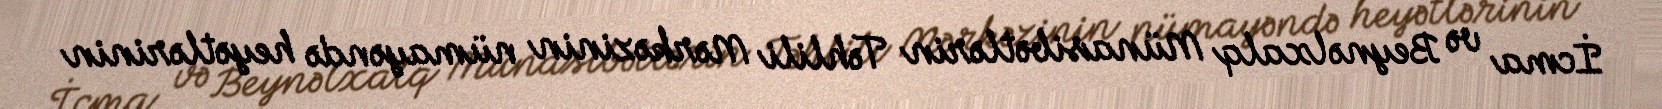
İcma və Beynəlxalq Münasibətlərin Təhlili Mərkəzinin nümayəndə heyətlərinin